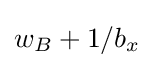
w_{B}+1/b_{x}